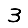
Digit: 3